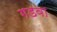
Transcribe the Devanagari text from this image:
गडवा